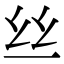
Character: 丝